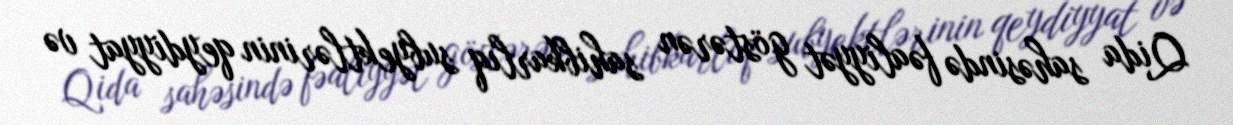
Qida sahəsində fəaliyyət göstərən sahibkarlıq subyektlərinin qeydiyyat və